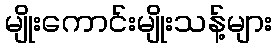
မျိုးကောင်းမျိုးသန့်များ